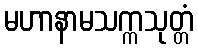
မဟာနာမသက္ကသုတ္တံ